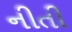
નીતી